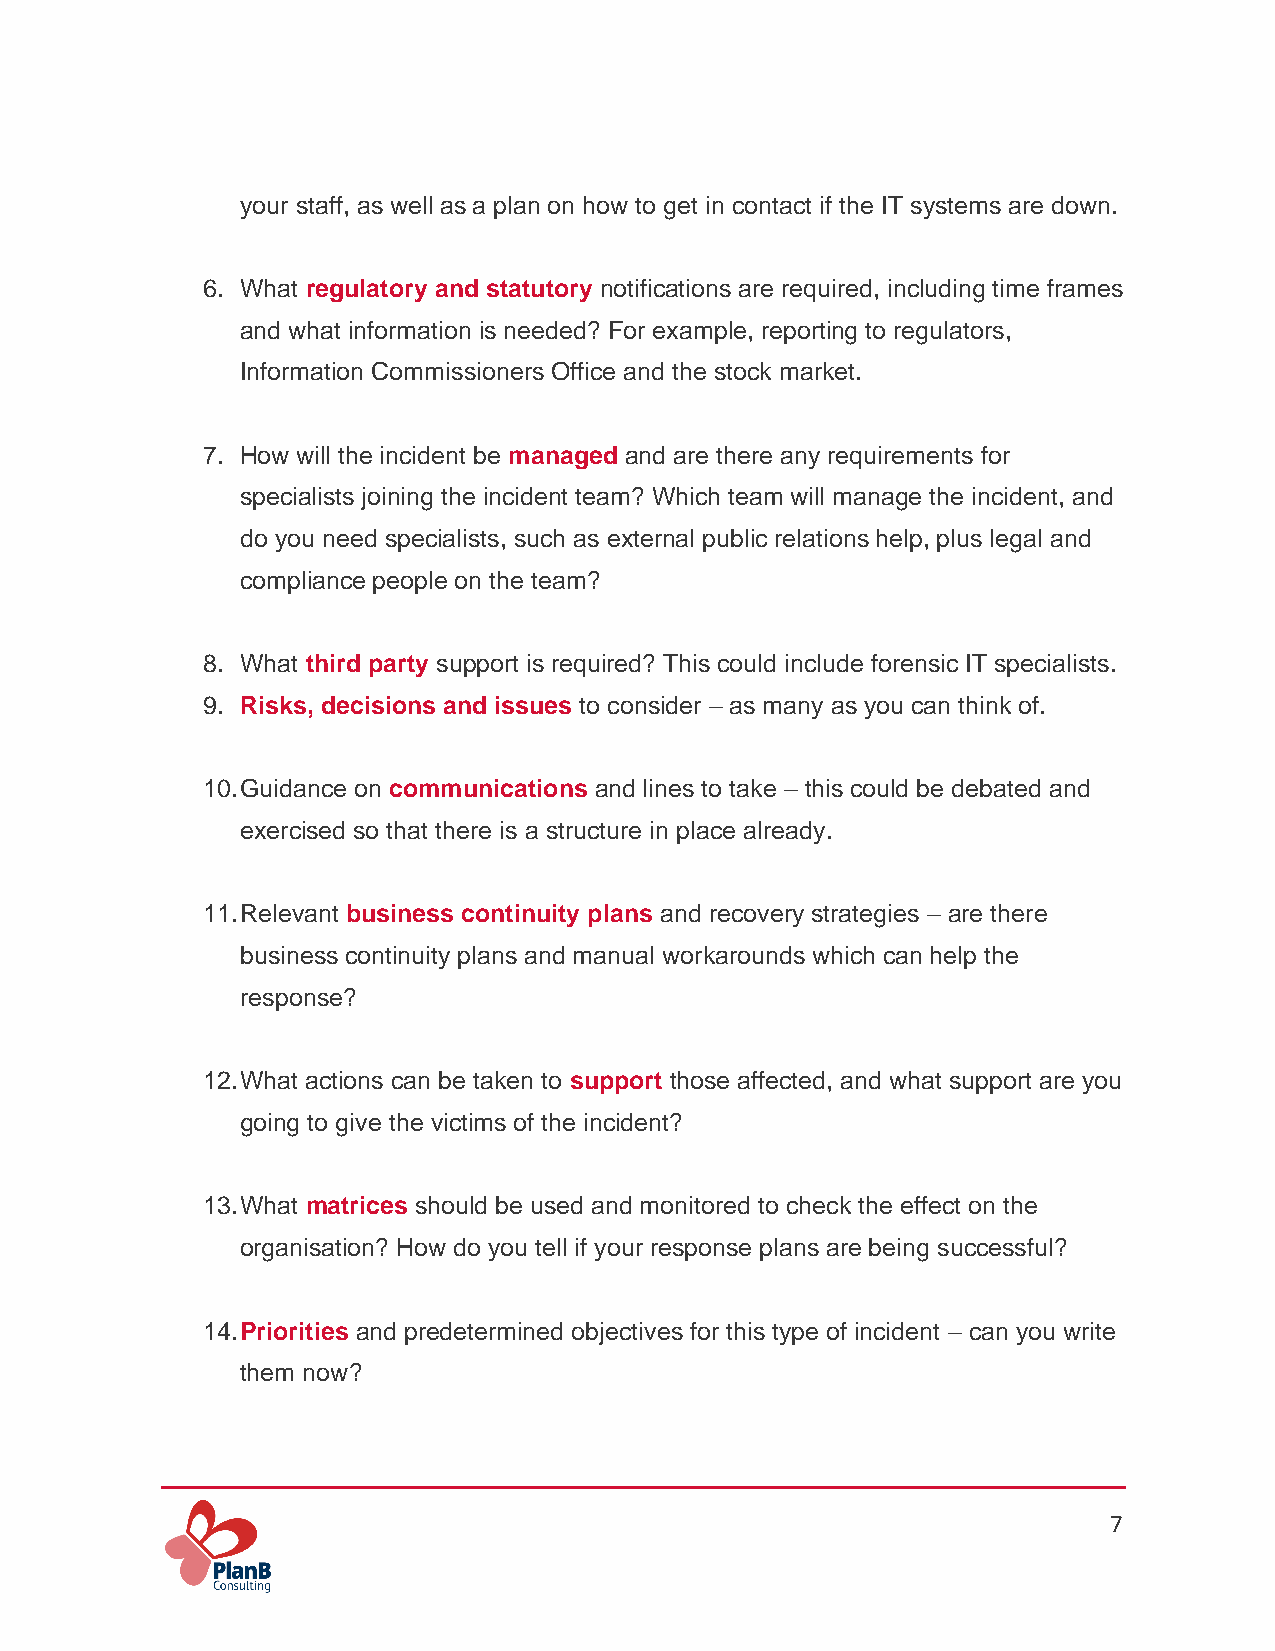
your staff, as well as a plan on how to get in contact if the IT systems are down.
 6. What regulatory and statutory notifications are required, including time frames
 and what information is needed? For example, reporting to regulators,
 Information Commissioners Office and the stock market.
 7. How will the incident be managed and are there any requirements for
 specialists joining the incident team? Which team will manage the incident, and
 do you need specialists, such as external public relations help, plus legal and
 compliance people on the team?
 8. What third party support is required? This could include forensic IT specialists.
 9. Risks, decisions and issues to consider – as many as you can think of.
 10. Guidance on communications and lines to take – this could be debated and
 exercised so that there is a structure in place already.
 11. Relevant business continuity plans and recovery strategies – are there
 business continuity plans and manual workarounds which can help the
 response?
 12. What actions can be taken to support those affected, and what support are you
 going to give the victims of the incident?
 13. What matrices should be used and monitored to check the effect on the
 organisation? How do you tell if your response plans are being successful?
 14. Priorities and predetermined objectives for this type of incident – can you write
 them now?
 7